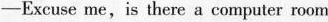
-Excuse me,is there a computer room